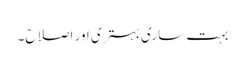
بہت ساری بہتری اور اصلاح۔